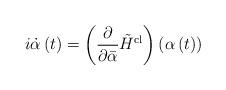
LaTeX: \begin{align*}i\dot{\alpha}\left( t\right) =\left( \frac{\partial}{\partial\bar{\alpha}}\tilde{H}^{\mathrm{cl}}\right) \left( \alpha\left( t\right) \right)\end{align*}